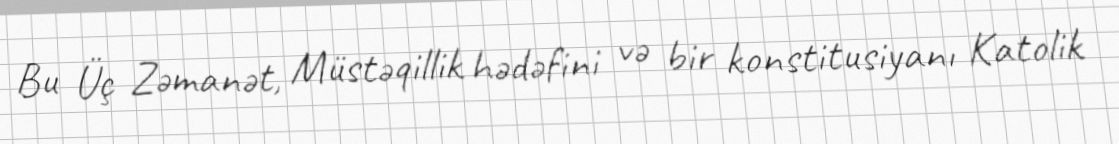
Bu Üç Zəmanət, Müstəqillik hədəfini və bir konstitusiyanı Katolik